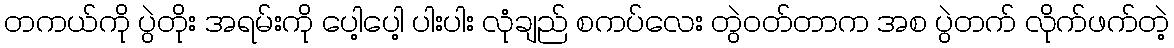
တကယ်ကို ပွဲတိုး အရမ်းကို ပေါ့ပေါ့ ပါးပါး လုံချည် စကပ်လေး တွဲဝတ်တာက အစ ပွဲတက် လိုက်ဖက်တဲ့